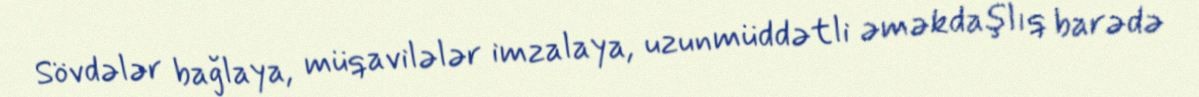
Sövdələr bağlaya, müqavilələr imzalaya, uzunmüddətli əməkdaşlıq barədə